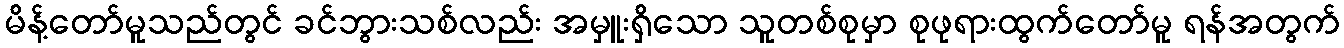
မိန့်တော်မူသည်တွင် ခင်ဘွားသစ်လည်း အမှူးရှိသော သူတစ်စုမှာ စုဖုရားထွက်တော်မူ ရန်အတွက်